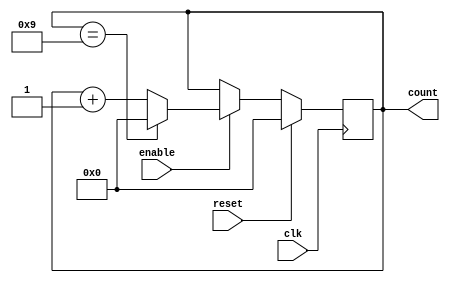
module BCD_Counter (
    input clk,   // Clock input
    input reset, // Reset input
    input enable, // Enable input
    output reg [3:0] count // BCD count output
);

always @(posedge clk) begin
    if(reset) // Reset to 0
        count <= 4'b0000;
    else if(enable) begin // Increment count by 1 when enable is high
        if(count == 4'b1001)
            count <= 4'b0000; // Wrap back to 0 when count reaches 9
        else
            count <= count + 1; // Increment count by 1
    end
end

endmodule